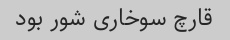
قارچ سوخاری شور بود